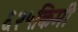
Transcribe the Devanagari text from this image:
६२५किमी